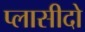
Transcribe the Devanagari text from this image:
प्लासीदो